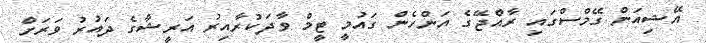
އޭޝިއަން ގޭމްސްގައި ރާއްޖޭގެ އަންހެން ގައުމީ ޓީމް ވާދަކުރާއިރު އަރީޝާގެ ދައުރު ވަރަށް